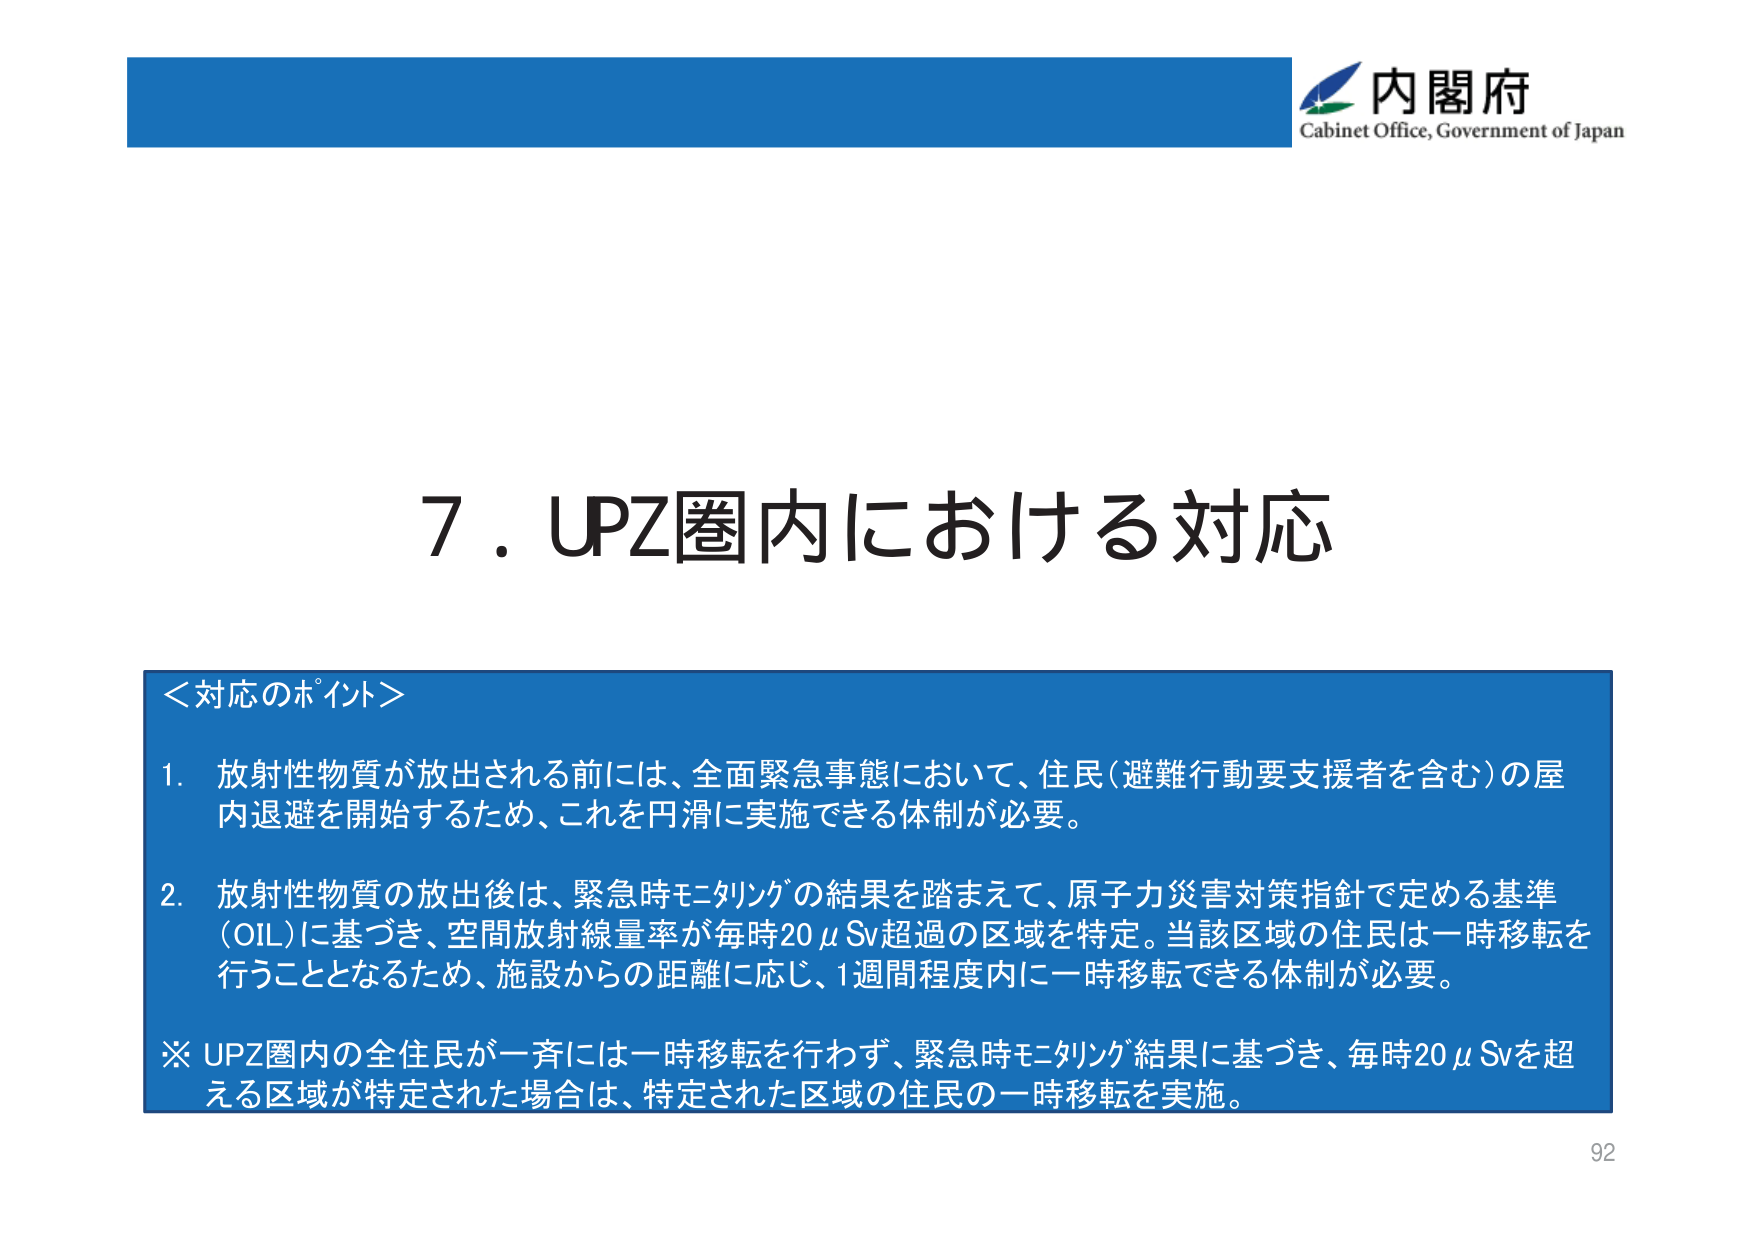
内閣府
Cabinet Office, Government of Japan

7．UPZ圏内における対応

＜対応のポイント＞
1．放射性物質が放出される前には、全面緊急事態において、住民（避難行動要支援者を含む）の屋内退避を開始するため、これを円滑に実施できる体制が必要。
2．放射性物質の放出後は、緊急時モニタリングの結果を踏まえて、原子力災害対策指針で定める基準（OIL）に基づき、空間放射線量率が毎時20μSv超過の区域を特定。当該区域の住民は一時移転を行うこととなるため、施設からの距離に応じ、1週間程度内に一時移転できる体制が必要。
※ UPZ圏内の全住民が一斉には一時移転を行わず、緊急時モニタリング結果に基づき、毎時20μSvを超える区域が特定された場合は、特定された区域の住民の一時移転を実施。

92